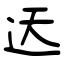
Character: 迗